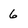
Character: 6